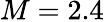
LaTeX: M=2.4